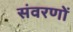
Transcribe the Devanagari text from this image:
संवरणों